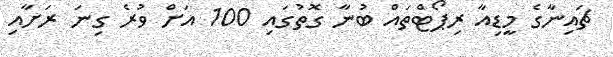
ޗައިނާގެ މީޑިއާ ރިޕޯޓްތައް ބުނާ ގޮތުގައި 100 އަށް ވުރެ ގިނަ ރަށާއި